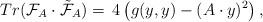
LaTeX: \begin{align*} Tr(\mathcal{F}_A\cdot \tilde{\mathcal{F}}_A)=\,4\left(g(y,y)-(A\cdot y)^2\right), \end{align*}